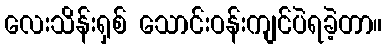
လေးသိန်းရှစ် သောင်းဝန်းကျင်ပဲရခဲ့တာ။